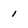
Character: 1